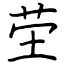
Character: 茔